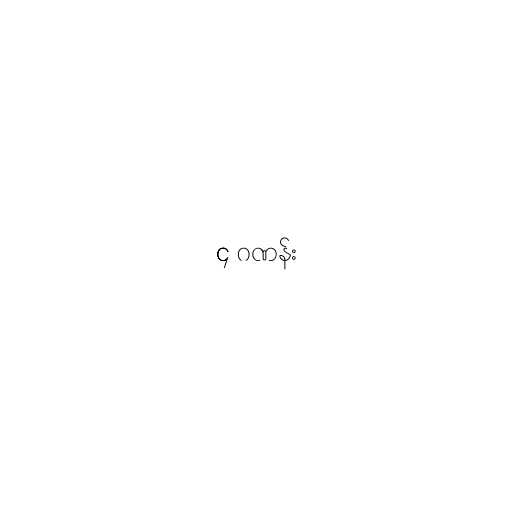
၄ ဂဏန်း